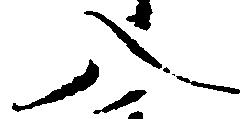
入